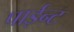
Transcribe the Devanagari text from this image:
पाईन्ट